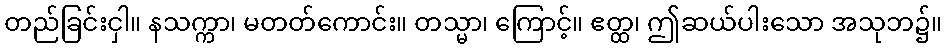
တည်ခြင်းငှါ။ နသက္ကာ၊ မတတ်ကောင်း။ တသ္မာ၊ ကြောင့်။ ဧတ္ထ၊ ဤဆယ်ပါးသော အသုဘ၌။